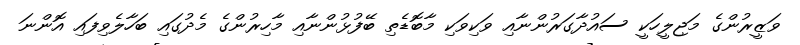
ވަޒީރުންގެ މަޖިލީހަކީ ސައުދާގަރުންނާއި ވަކިވަކި މާބޮޑެތި ބޭފުޅުންނާއި މާހިރުންގެ މެދުގައި ބަހާލެވިފައި އޮންނަ